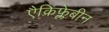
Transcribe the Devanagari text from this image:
एैक्रिफ्लेबीन